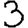
Digit: 3